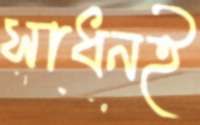
সাধনই